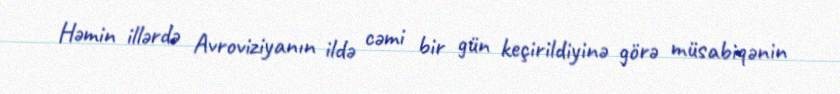
Həmin illərdə Avroviziyanın ildə cəmi bir gün keçirildiyinə görə müsabiqənin